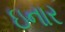
ઇનાર